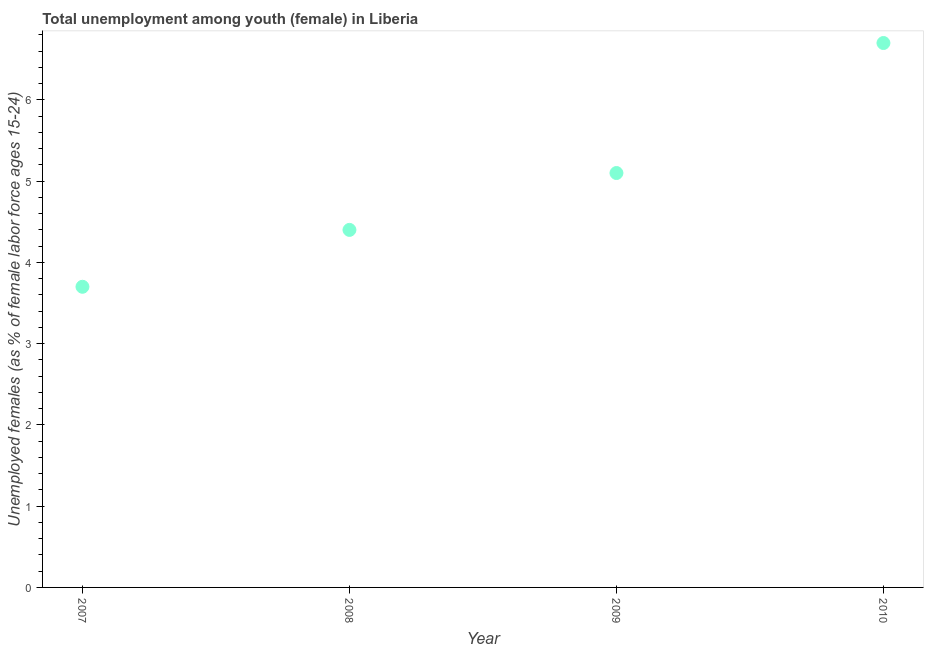
| Year | Unemployment |
 | --- | --- |
 | 2007 | 3.7 |
 | 2008 | 4.4 |
 | 2009 | 5.1 |
 | 2010 | 6.7 |